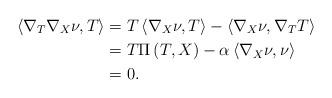
LaTeX: \begin{align*}\left\langle \nabla_{T}\nabla_{X}\nu,T\right\rangle & =T\left\langle\nabla_{X}\nu,T\right\rangle -\left\langle \nabla_{X}\nu,\nabla_{T}T\right\rangle \\& =T\Pi\left( T,X\right) -\alpha\left\langle \nabla_{X}\nu,\nu\right\rangle\\& =0.\end{align*}